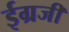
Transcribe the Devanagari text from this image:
ईग्रजी